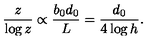
\frac { z } { \log z } \propto \frac { b _ { 0 } d _ { 0 } } { L } = \frac { d _ { 0 } } { 4 \log h } .